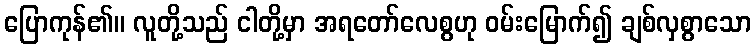
ပြောကုန်၏။ လူတို့သည် ငါတို့မှာ အရတော်လေစွဟု ဝမ်းမြောက်၍ ချစ်လှစွာသော